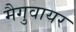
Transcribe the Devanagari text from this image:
मैगुवायर